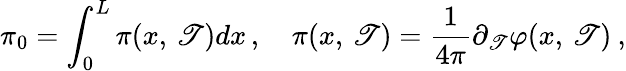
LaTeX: \pi_{0}=\int_{0}^{L}\pi(x,\, \mathscr{T})dx\, ,\quad\pi(x,\, \mathscr{T})=\frac{{1}}{{4\pi}}\partial_{\mathscr{T}}\varphi(x,\, \mathscr{T})\: ,